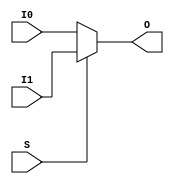
// $Header: /devl/xcs/repo/env/Databases/CAEInterfaces/xec_libs/data/unisims/MUXF7.v,v 1.1 2005/05/10 01:20:06 wloo Exp $

/*

FUNCTION	: 2 to 1 Multiplexer for Carry Logic

*/

`celldefine
`timescale  100 ps / 10 ps

module MUXF7 (O, I0, I1, S);

    output O;
    reg    o_out;

    input  I0, I1, S;

    buf B1 (O, o_out);

	always @(I0 or I1 or S) begin
	    if (S)
		o_out <= I1;
	    else
		o_out <= I0;
	end

endmodule